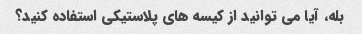
بله، آیا می توانید از کیسه های پلاستیکی استفاده کنید؟